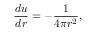
{ \frac { d u } { d r } } = - { \frac { 1 } { 4 \pi r ^ { 2 } } } ,